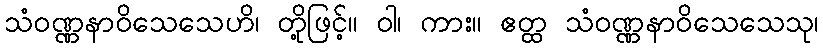
သံဝဏ္ဏနာဝိသေသေဟိ၊ တို့ဖြင့်။ ဝါ၊ ကား။ ဧတ္ထ သံဝဏ္ဏနာဝိသေသေသု၊